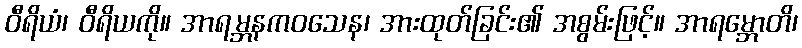
ဝီရိယံ၊ ဝီရိယကို။ အာရမ္ဘနကဝသေန၊ အားထုတ်ခြင်း၏ အစွမ်းဖြင့်။ အာရမ္ဘောတိ၊